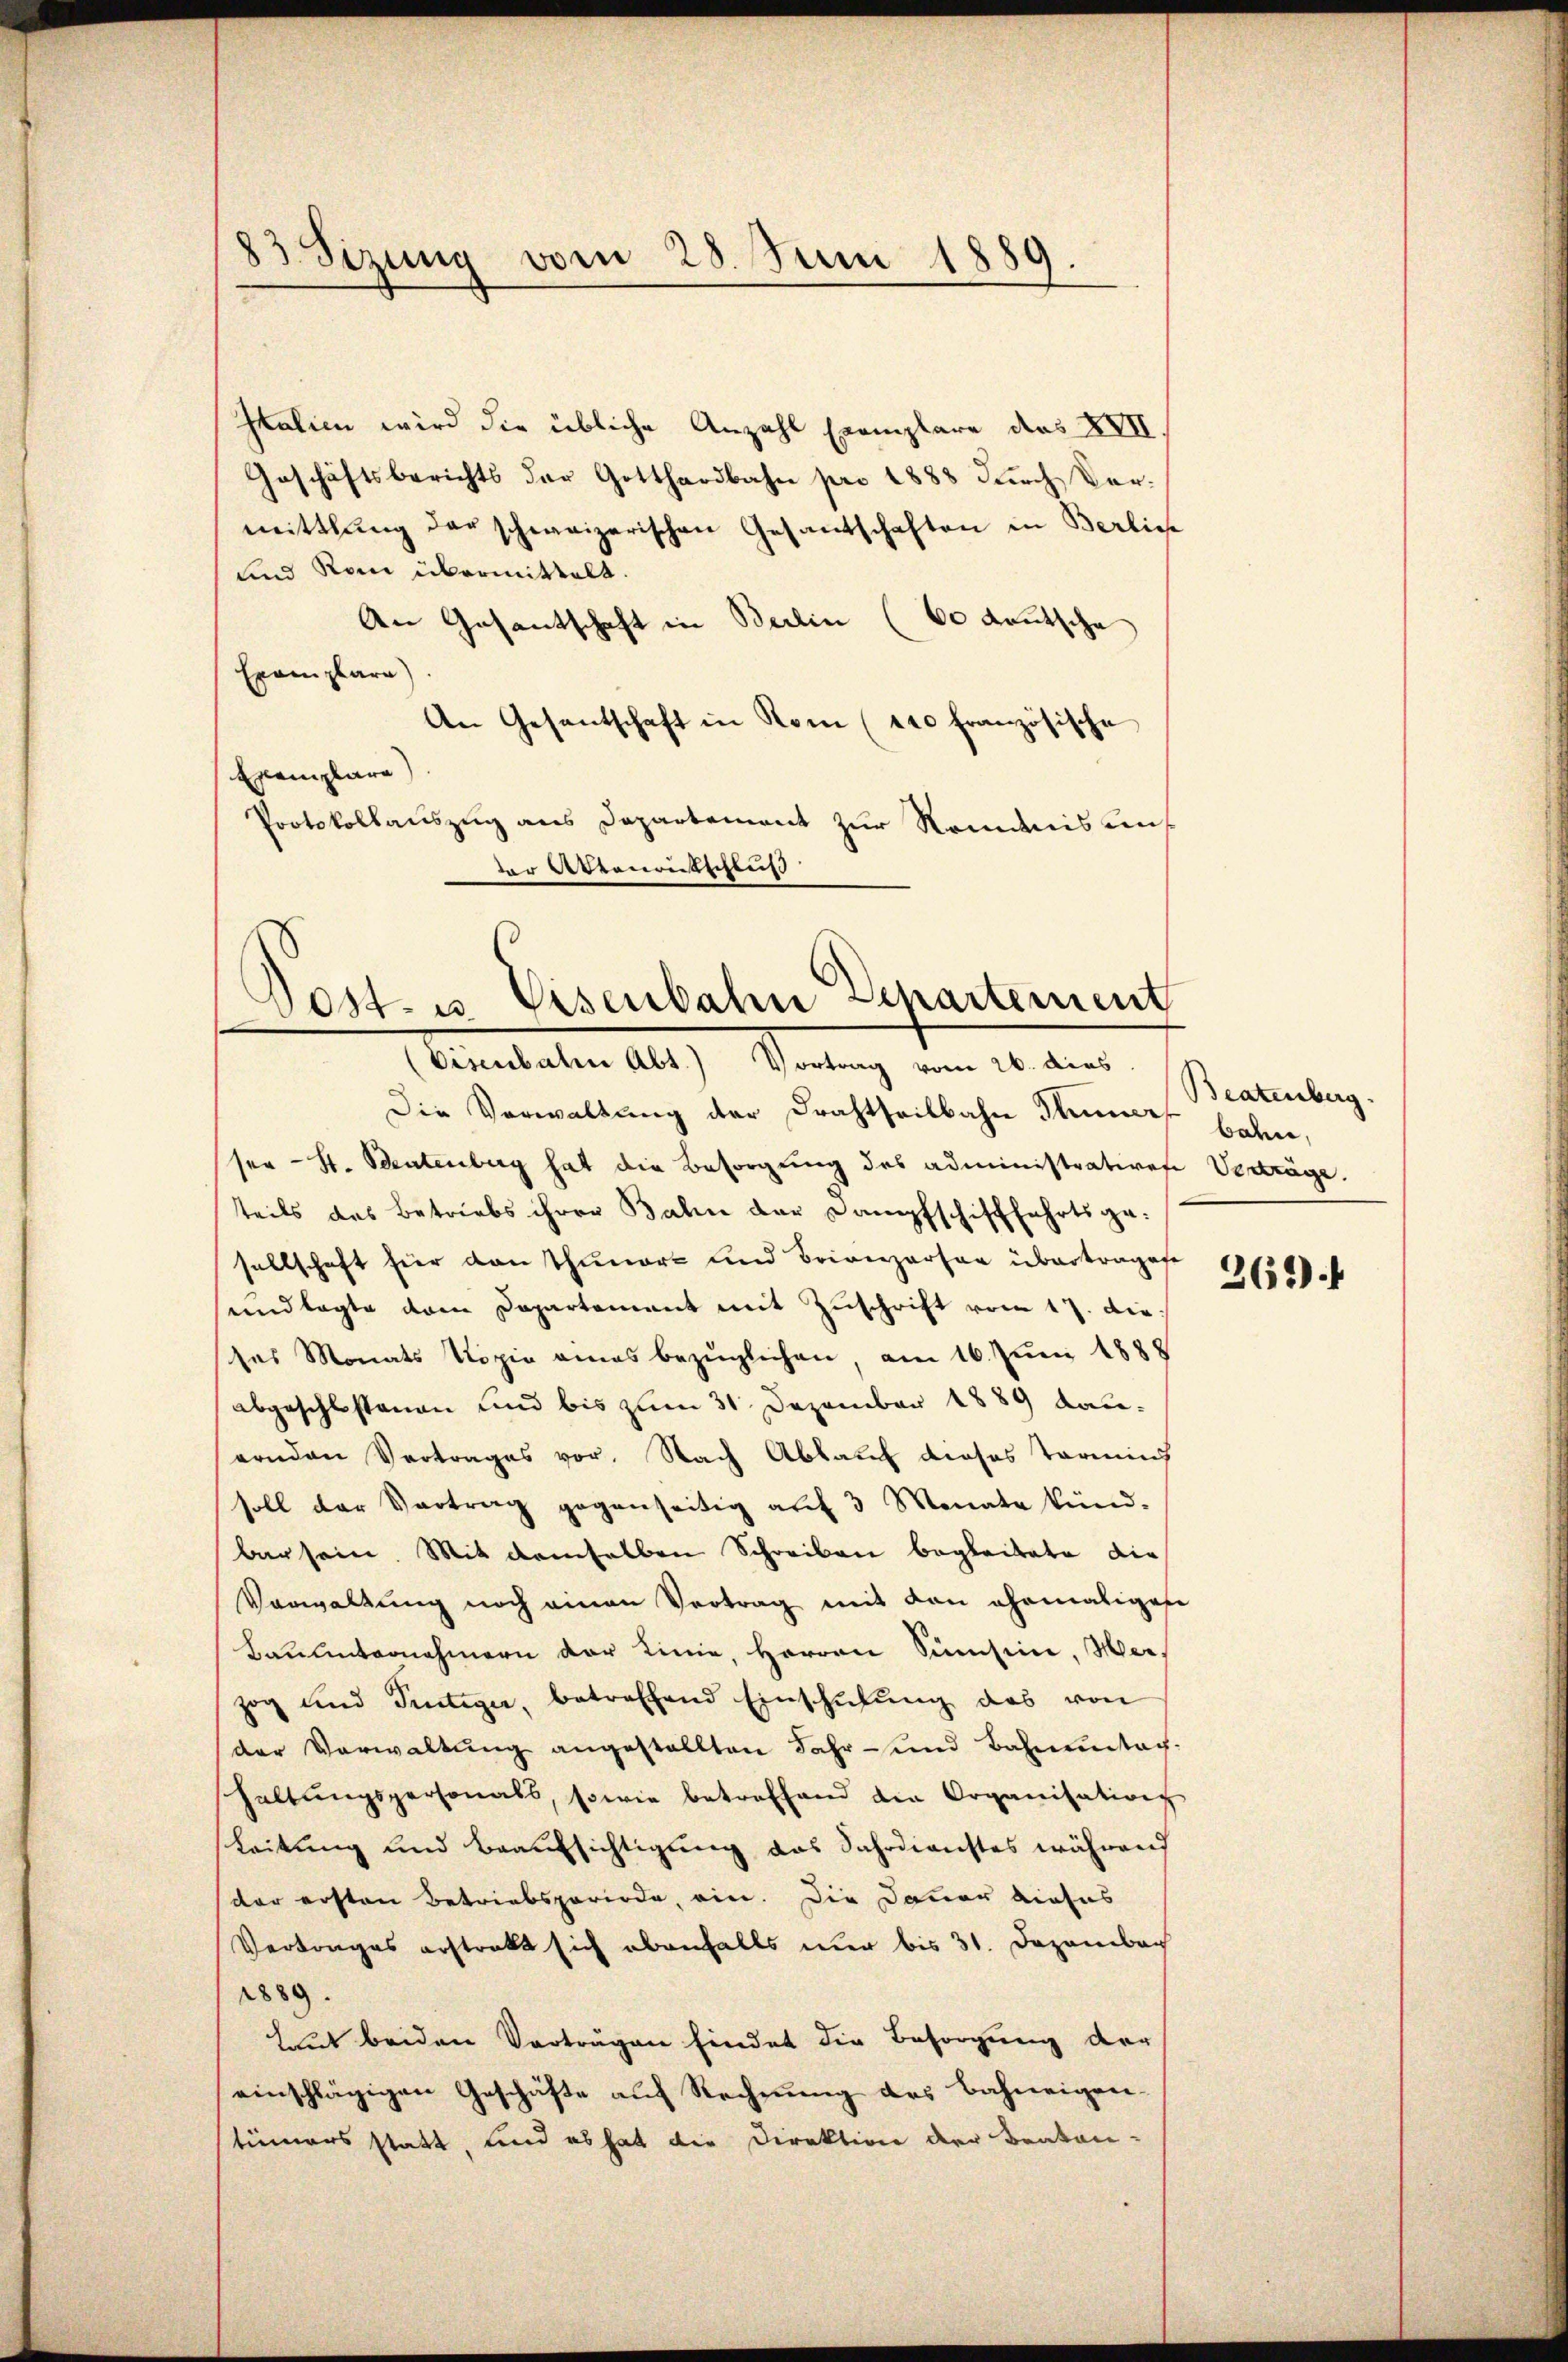
83 Sizung vom 28. Juni 1889.

Italien wird die übliche Anzahl Exemplare des XVII
Geschäftsberichts der Gotthardbahn pro 1883 dŭrch Ver-
mittlung der schweizerischen Gesandschaften in Berlich
und Rain übermittelt.
An Gesantschaft in Berlin (60 deutsche
Eremplare).
An Gesantschaft in Rom (210 französische
Exemplare
Protokollauszug aus Departement zur Romanis under Wernentschluß

Post- u. Eisenbahn Departement
(Eisenbalen Abt.) Vortrag vom 26. dies Beatenberg.

Die Verwaltung der Drahtseitbahn Thuner bahn,
ser H. Bentenberg hat die Besorgung des administrativese Verträge.
teils das Betriebs ihrer Balin der Dampfschifffahrtsge-
sellschaft für den Thunert und Brienzarter übertragese
undlagte vom Departement mit Zuschrift vom 17. die
ses Monats Kopie eines bezüglichen, am 16. Juni 1888
abgeschlossenen und bis zum 31. Dezember 1889 kauernden Vertrages vor. Nach Ablauf dieses Termins
soll der Vortrag gegenseitig aŭf 3 Monate künd-
bar sein. Mit demselben Schreiben begleitete die
Vorwaltung noch einen Vertrag mit den ehemaliges
Bauunternehmern der Linie, Herren Summsini, Weizog und Frutiger, betreffend Einschulung das von
(der Vorwaltung angestellten Jahr- und Bahnnntag.
shaltŭngspersonals, sowie betreffend die Organisation
Leitung und Beaufsichtigung das Jahrdienstes während
der ersten Betriebsperiode, ein. Die Dauer dieses
Vertrages erstrakt sich ebenfalls nur bis 31. Dezembach
1889.
hut beiden Vorträgen findet die Besorgung der
einschlägigen Geschäfte auf Rechnung des Bahneigen-
tümers statt, und es hat die Direktion der Beaten-

261).